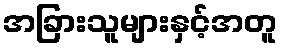
အခြားသူများနှင့်အတူ